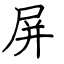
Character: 屏